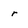
Character: r